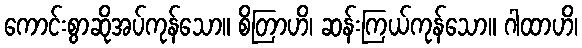
ကောင်းစွာဆိုအပ်ကုန်သော။ စိတြာဟိ၊ ဆန်းကြယ်ကုန်သော။ ဂါထာဟိ၊